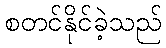
စတင်နိုင်ခဲ့သည်